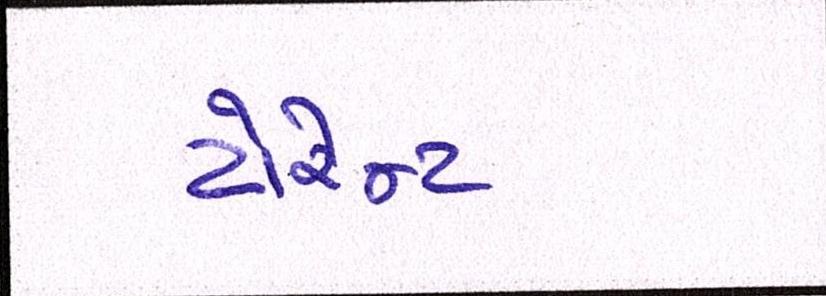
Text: ટોરેન્ટ